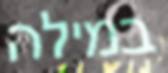
במילה